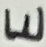
Text: E